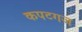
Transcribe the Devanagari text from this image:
कपटगज